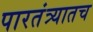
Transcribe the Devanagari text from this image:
पारतंत्र्यातच